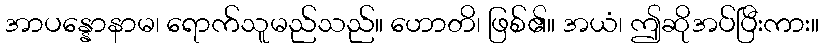
အာပန္နောနာမ၊ ရောက်သူမည်သည်။ ဟောတိ၊ ဖြစ်၏။ အယံ၊ ဤဆိုအပ်ပြီးကား။